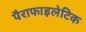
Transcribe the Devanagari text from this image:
पैराफाइलेटिक